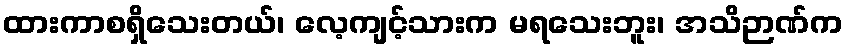
ထားကာစရှိသေးတယ်၊ လေ့ကျင့်သားက မရသေးဘူး၊ အသိဉာဏ်က